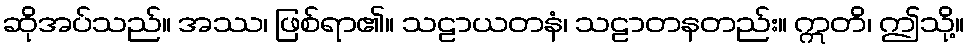
ဆိုအပ်သည်။ အဿ၊ ဖြစ်ရာ၏။ သဠာယတနံ၊ သဠာတနတည်း။ ဣတိ၊ ဤသို့။